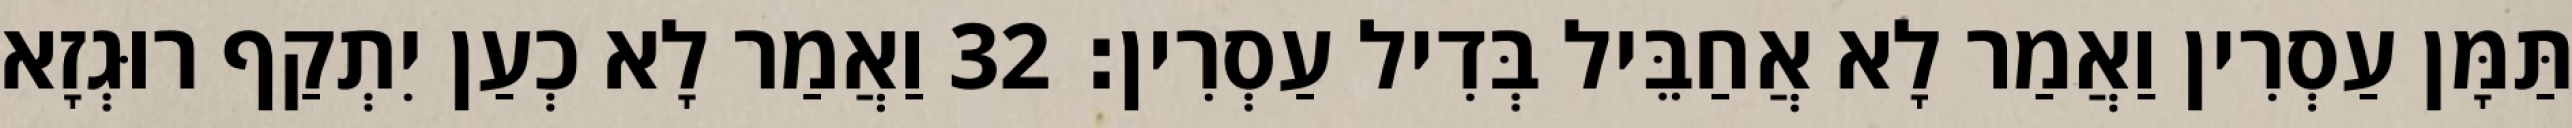
תַּמָּן עַסְרִין וַאֲמַר לָא אֲחַבֵּיל בְּדִיל עַסְרִין׃ 32 וַאֲמַר לָא כְעַן יִתְקַף רוּגְזָא